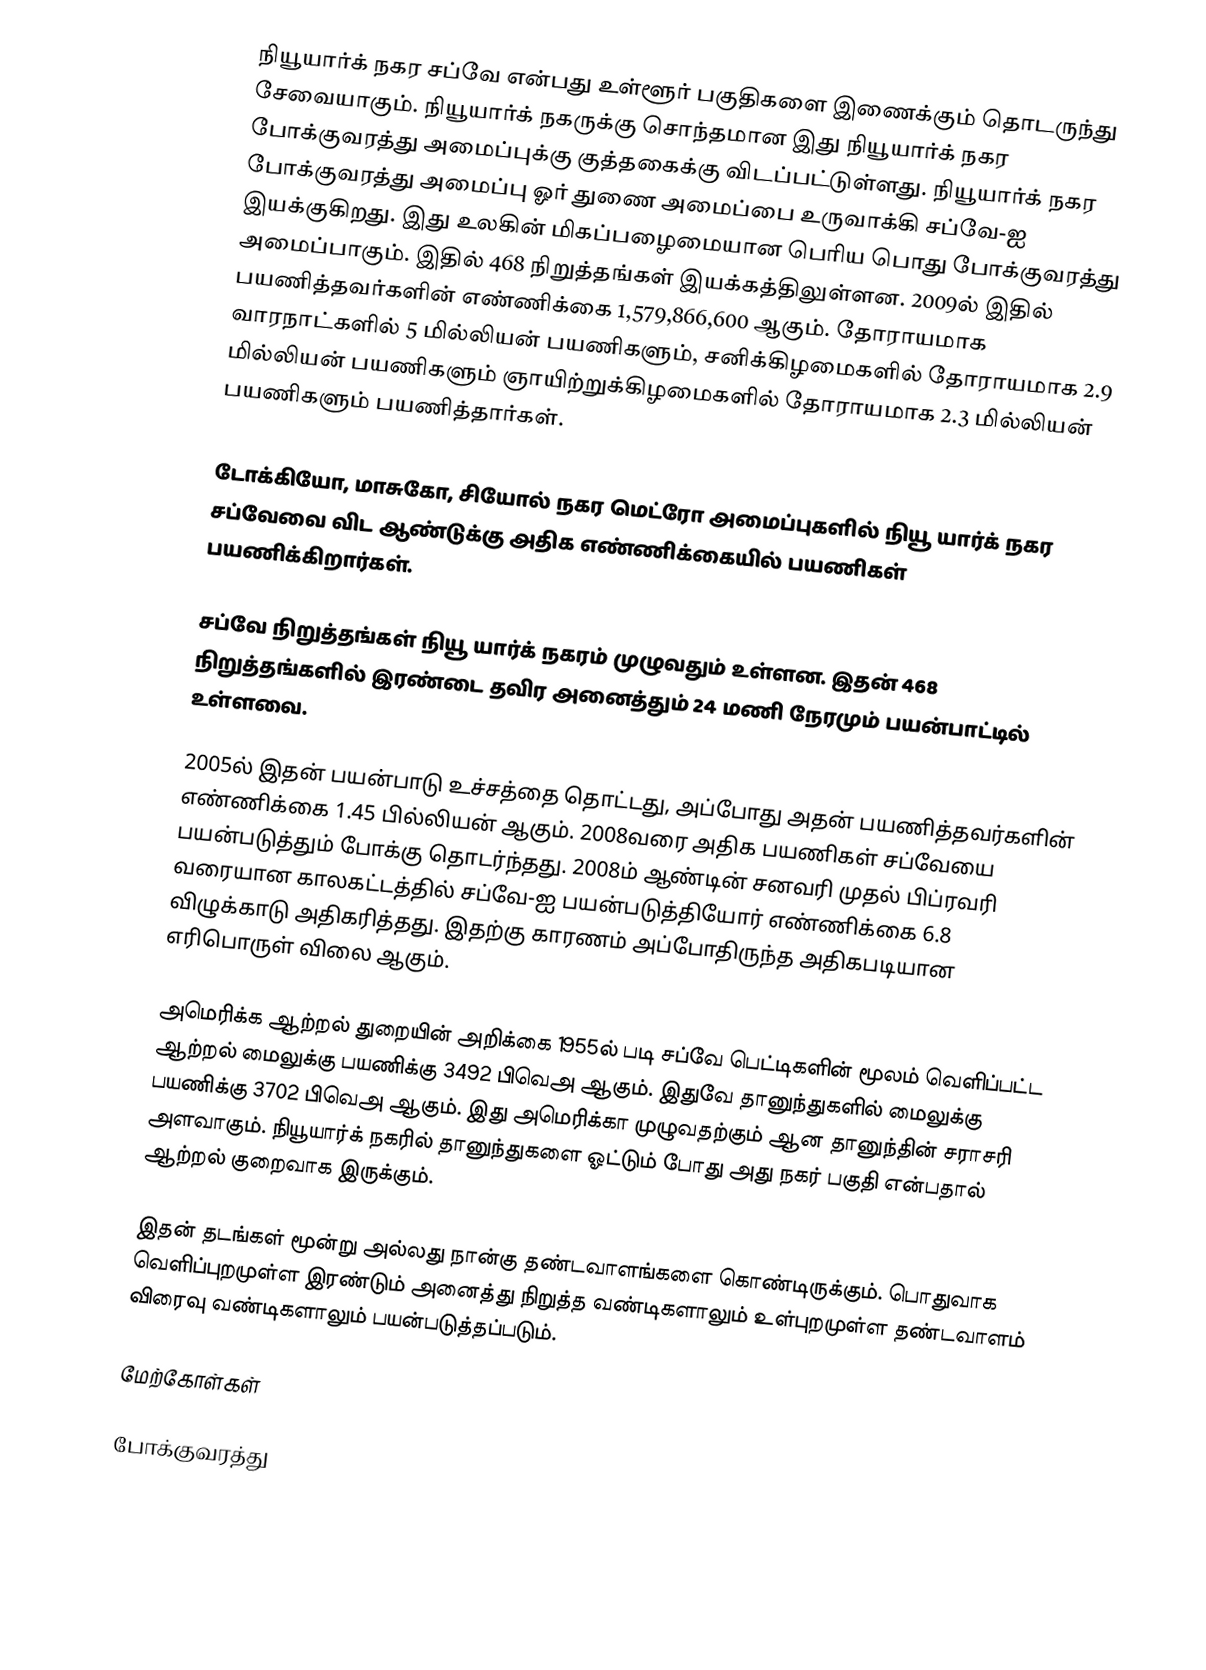
நியூயார்க் நகர சப்வே என்பது உள்ளூர் பகுதிகளை இணைக்கும் தொடருந்து சேவையாகும். நியூயார்க் நகருக்கு சொந்தமான இது நியூயார்க் நகர போக்குவரத்து அமைப்புக்கு குத்தகைக்கு விடப்பட்டுள்ளது. நியூயார்க் நகர போக்குவரத்து அமைப்பு ஓர் துணை அமைப்பை உருவாக்கி சப்வே-ஐ இயக்குகிறது. இது உலகின் மிகப்பழைமையான பெரிய பொது போக்குவரத்து அமைப்பாகும். இதில் 468 நிறுத்தங்கள் இயக்கத்திலுள்ளன. 2009ல் இதில் பயணித்தவர்களின் எண்ணிக்கை 1,579,866,600 ஆகும். தோராயமாக வாரநாட்களில் 5 மில்லியன் பயணிகளும், சனிக்கிழமைகளில் தோராயமாக 2.9 மில்லியன் பயணிகளும் ஞாயிற்றுக்கிழமைகளில் தோராயமாக 2.3 மில்லியன் பயணிகளும் பயணித்தார்கள்.

டோக்கியோ, மாசுகோ, சியோல் நகர மெட்ரோ அமைப்புகளில் நியூ யார்க் நகர சப்வேவை விட ஆண்டுக்கு அதிக எண்ணிக்கையில் பயணிகள் பயணிக்கிறார்கள்.

சப்வே நிறுத்தங்கள் நியூ யார்க் நகரம் முழுவதும் உள்ளன. இதன் 468 நிறுத்தங்களில் இரண்டை தவிர அனைத்தும் 24 மணி நேரமும் பயன்பாட்டில் உள்ளவை.

2005ல் இதன் பயன்பாடு உச்சத்தை தொட்டது, அப்போது அதன் பயணித்தவர்களின் எண்ணிக்கை 1.45 பில்லியன் ஆகும். 2008வரை அதிக பயணிகள் சப்வேயை பயன்படுத்தும் போக்கு தொடர்ந்தது. 2008ம் ஆண்டின் சனவரி முதல் பிப்ரவரி வரையான காலகட்டத்தில் சப்வே-ஐ பயன்படுத்தியோர் எண்ணிக்கை 6.8 விழுக்காடு அதிகரித்தது. இதற்கு காரணம் அப்போதிருந்த அதிகபடியான எரிபொருள் விலை ஆகும்.

அமெரிக்க ஆற்றல் துறையின் அறிக்கை 1955ல் படி சப்வே பெட்டிகளின் மூலம் வெளிப்பட்ட ஆற்றல் மைலுக்கு பயணிக்கு 3492 பிவெஅ ஆகும். இதுவே தானுந்துகளில் மைலுக்கு பயணிக்கு 3702 பிவெஅ ஆகும். இது அமெரிக்கா முழுவதற்கும் ஆன தானுந்தின் சராசரி அளவாகும். நியூயார்க் நகரில் தானுந்துகளை ஓட்டும் போது அது நகர் பகுதி என்பதால் ஆற்றல் குறைவாக இருக்கும்.

இதன் தடங்கள் மூன்று அல்லது நான்கு தண்டவாளங்களை கொண்டிருக்கும். பொதுவாக வெளிப்புறமுள்ள இரண்டும் அனைத்து நிறுத்த வண்டிகளாலும் உள்புறமுள்ள தண்டவாளம் விரைவு வண்டிகளாலும் பயன்படுத்தப்படும்.

மேற்கோள்கள்

போக்குவரத்து